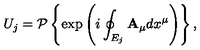
U _ { j } = { \cal P } \left\{ \exp \left( i \oint _ { E _ { j } } { { \bf A _ { \mu } } d x ^ { \mu } } \right) \right\} ,